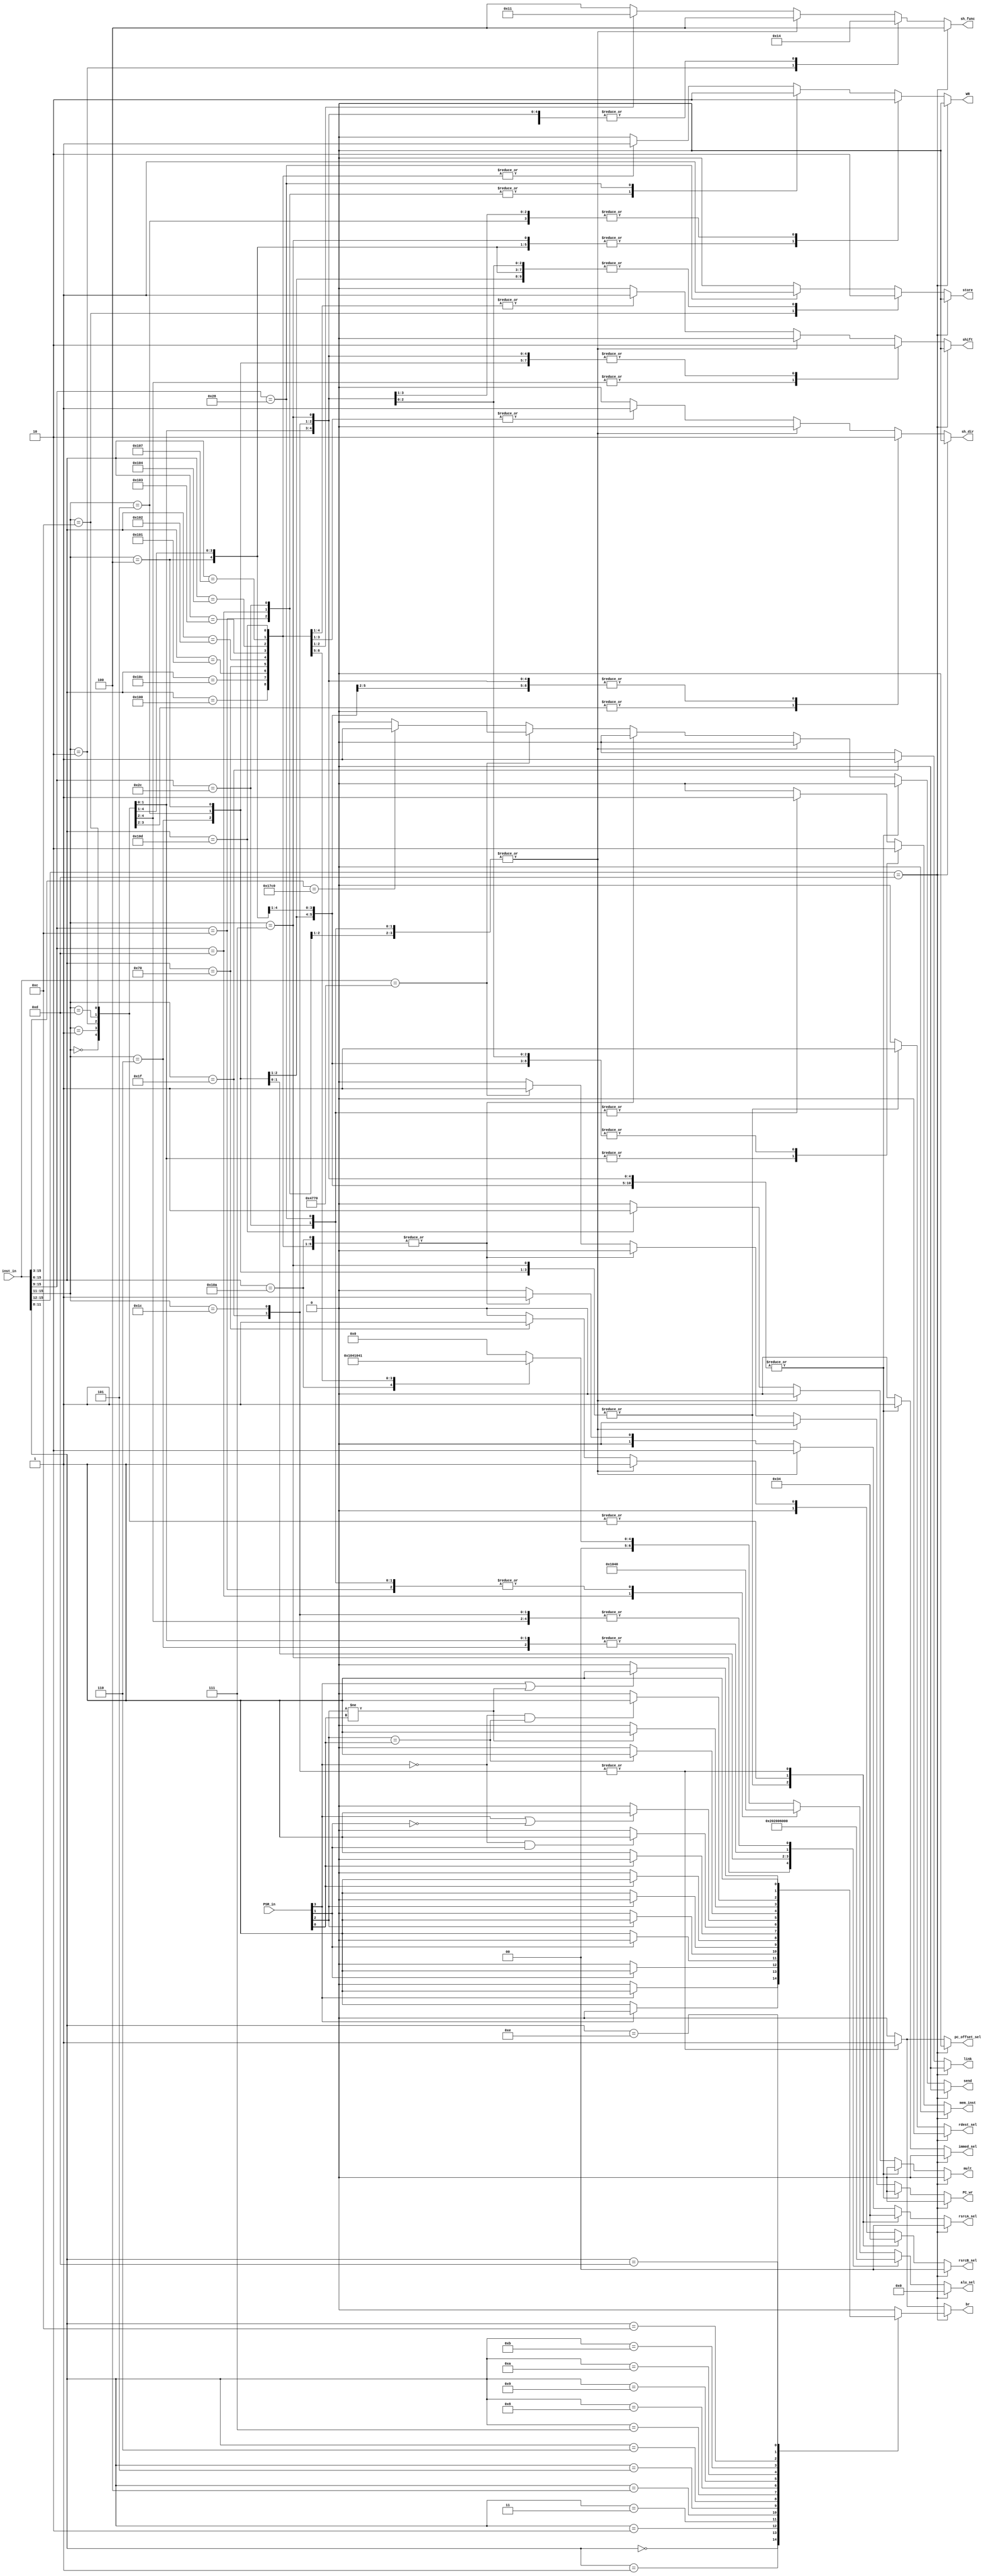
module inst_decoder (
  input      [15:0] inst_in,
  input      [3:0]  PSR_in,
  
  output reg [6:0]  alu_sel,
  output reg        br,
  output reg        immed_sel,
  output reg        link,
  output reg        mem_inst,
  output reg        pc_offset_sel,
  output reg        sh_dir,
  output reg [2:0]  sh_func,
  output reg        shift,
  output reg        store,
  output reg        rdest_sel,
  output reg [1:0]  rsrcA_sel,
  output reg [1:0]  rsrcB_sel,
  output reg        WR,
  output reg        mult,
  output reg        PC_wr,
  output reg        send      /* UART send signal */
);

  /*opcodes*/
  parameter ADD  = 7'b0001100; 
  parameter ADDI = 5'b00110;  
  parameter SUB  = 7'b0001101;
  parameter SUBI = 5'b00111;
  parameter CMP  = 10'b0100001010; 
  parameter CMPI = 5'b00101;  
  parameter AND  = 10'b0100000000;
  parameter ORR  = 10'b0100001100; 
  parameter EOR  = 10'b0100000001;
  parameter MOV  = 10'b0001110000; 
  parameter MOVI = 5'b00100;
  parameter LSL  = 10'b0100000010;
  parameter LSLI = 5'b00000;  
  parameter LSR  = 10'b0100000011; 
  parameter LSRI = 5'b00001;
  parameter ASR  = 10'b0100000100;
  parameter ASRI = 5'b00010;  
  parameter ROR  = 10'b0100000111;
  parameter LDR  = 7'b0101100; 
  parameter LDRI = 5'b01101;
  parameter STR  = 7'b0101000;
  parameter STRI = 5'b01100;  
  parameter B    = 4'b1101;      
  parameter BL   = 5'b11111;
  parameter BAL  = 5'b11100;
  parameter MUL  = 10'b0100001101;
  parameter SEND = 13'b1011_1110_0000_0;
  parameter RET  = 16'b0100011101110000;
  
  /*ALU operations*/
  `define ALU_ADD 7'b1000000
  `define ALU_SUB 7'b0100000
  `define ALU_CMP 7'b0010000
  `define ALU_AND 7'b0001000
  `define ALU_ORR 7'b0000100
  `define ALU_EOR 7'b0000010
  `define ALU_MOV 7'b0000001
  `define ALU_NOP 7'b0000000
 
  /*conditional codes*/
  `define EQ 4'b0000
  `define NE 4'b0001
  `define CS 4'b0010
  `define CC 4'b0011
  `define MI 4'b0100
  `define PL 4'b0101
  `define VS 4'b0110
  `define VC 4'b0111
  `define HI 4'b1000
  `define LS 4'b1001
  `define GE 4'b1010
  `define LT 4'b1011
  `define GT 4'b1100
  `define LE 4'b1101
  `define AL 4'b1110
  
  always@(*)
    begin
      case(inst_in[15:12])
        B :
          begin
            case(inst_in[11:8])
              `EQ :
                begin
                  if (PSR_in[3] == 1'b1)        // z_flag == 1'b1
                    begin 
                      alu_sel = `ALU_NOP;
                      immed_sel = 1'b0;
                      br = 1'b1;
                      link = 1'b0;
                      sh_func = 3'b100;
                      sh_dir = 1'b0;
                      shift = 1'b0;
                      mem_inst = 1'b0;
                      store = 1'b0;
                      rsrcA_sel = 2'b00;
                      rsrcB_sel = 2'b00;
                      rdest_sel = 1'b0;
                      WR = 1'b0;
                      pc_offset_sel = 1'b0;
                      mult = 1'b0;
                      PC_wr = 1'b0;
                      send = 1'b0;
                    end
                  else
                    begin 
                      alu_sel = `ALU_NOP;
                      immed_sel = 1'b0;
                      br = 1'b0;
                      link = 1'b0;
                      sh_func = 3'b100;
                      sh_dir = 1'b0;
                      shift = 1'b0;
                      mem_inst = 1'b0;
                      store = 1'b0;
                      rsrcA_sel = 2'b00;
                      rsrcB_sel = 2'b00;
                      rdest_sel = 1'b0;
                      WR = 1'b0;
                      pc_offset_sel = 1'b0;
                      mult = 1'b0;
                      PC_wr = 1'b0;
                      send = 1'b0;
                    end
                end
              `NE :
                begin
                  if (PSR_in[3] == 1'b0)        // z_flag == 1'b0
                    begin 
                      alu_sel = `ALU_NOP;
                      immed_sel = 1'b0;
                      br = 1'b1;
                      link = 1'b0;
                      sh_func = 3'b100;
                      sh_dir = 1'b0;
                      shift = 1'b0;
                      mem_inst = 1'b0;
                      store = 1'b0;
                      rsrcA_sel = 2'b00;
                      rsrcB_sel = 2'b00;
                      rdest_sel = 1'b0;
                      WR = 1'b0;
                      pc_offset_sel = 1'b0;
                      mult = 1'b0;
                      PC_wr = 1'b0;
                      send = 1'b0;
                    end
                  else 
                    begin
                      alu_sel = `ALU_NOP;
                      immed_sel = 1'b0;
                      br = 1'b0;
                      link = 1'b0;
                      sh_func = 3'b100;
                      sh_dir = 1'b0;
                      shift = 1'b0;
                      mem_inst = 1'b0;
                      store = 1'b0;
                      rsrcA_sel = 2'b00;
                      rsrcB_sel = 2'b00;
                      rdest_sel = 1'b0;
                      WR = 1'b0;
                      pc_offset_sel = 1'b0;
                      mult = 1'b0;
                      PC_wr = 1'b0;
                      send = 1'b0;
                    end
                end
              `CS :
                begin
                  if (PSR_in[1] == 1'b1)        // c_flag == 1'b1
                    begin 
                      alu_sel = `ALU_NOP;
                      immed_sel = 1'b0;
                      br = 1'b1;
                      link = 1'b0;
                      sh_func = 3'b100;
                      sh_dir = 1'b0;
                      shift = 1'b0;
                      mem_inst = 1'b0;
                      store = 1'b0;
                      rsrcA_sel = 2'b00;
                      rsrcB_sel = 2'b00;
                      rdest_sel = 1'b0;
                      WR = 1'b0;
                      pc_offset_sel = 1'b0;
                      mult = 1'b0;
                      PC_wr = 1'b0;
                      send = 1'b0;
                    end
                  else 
                    begin
                      alu_sel = `ALU_NOP;
                      immed_sel = 1'b0;
                      br = 1'b0;
                      link = 1'b0;
                      sh_func = 3'b100;
                      sh_dir = 1'b0;
                      shift = 1'b0;
                      mem_inst = 1'b0;
                      store = 1'b0;
                      rsrcA_sel = 2'b00;
                      rsrcB_sel = 2'b00;
                      rdest_sel = 1'b0;
                      WR = 1'b0;
                      pc_offset_sel = 1'b0;
                      mult = 1'b0;
                      PC_wr = 1'b0;
                      send = 1'b0;
                    end
                end
              `CC :
                begin
                  if (PSR_in[1] == 1'b0)        // c-flag == 1'b0
                    begin 
                      alu_sel = `ALU_NOP;
                      immed_sel = 1'b0;
                      br = 1'b1;
                      link = 1'b0;
                      sh_func = 3'b100;
                      sh_dir = 1'b0;
                      shift = 1'b0;
                      mem_inst = 1'b0;
                      store = 1'b0;
                      rsrcA_sel = 2'b00;
                      rsrcB_sel = 2'b00;
                      rdest_sel = 1'b0;
                      WR = 1'b0;
                      pc_offset_sel = 1'b0;
                      mult = 1'b0;
                      PC_wr = 1'b0;
                      send = 1'b0;
                    end
                  else 
                    begin
                      alu_sel = `ALU_NOP;
                      immed_sel = 1'b0;
                      br = 1'b0;
                      link = 1'b0;
                      sh_func = 3'b100;
                      sh_dir = 1'b0;
                      shift = 1'b0;
                      mem_inst = 1'b0;
                      store = 1'b0;
                      rsrcA_sel = 2'b00;
                      rsrcB_sel = 2'b00;
                      rdest_sel = 1'b0;
                      WR = 1'b0;
                      pc_offset_sel = 1'b0;
                      mult = 1'b0;
                      PC_wr = 1'b0;
                      send = 1'b0;
                    end
                end
              `MI :
                begin
                  if (PSR_in[2] == 1'b1)        // n-flag == 1'b1
                    begin 
                      alu_sel = `ALU_NOP;
                      immed_sel = 1'b0;
                      br = 1'b1;
                      link = 1'b0;
                      sh_func = 3'b100;
                      sh_dir = 1'b0;
                      shift = 1'b0;
                      mem_inst = 1'b0;
                      store = 1'b0;
                      rsrcA_sel = 2'b00;
                      rsrcB_sel = 2'b00;
                      rdest_sel = 1'b0;
                      WR = 1'b0;
                      pc_offset_sel = 1'b0;
                      mult = 1'b0;
                      PC_wr = 1'b0;
                      send = 1'b0;
                    end
                  else 
                    begin
                      alu_sel = `ALU_NOP;
                      immed_sel = 1'b0;
                      br = 1'b0;
                      link = 1'b0;
                      sh_func = 3'b100;
                      sh_dir = 1'b0;
                      shift = 1'b0;
                      mem_inst = 1'b0;
                      store = 1'b0;
                      rsrcA_sel = 2'b00;
                      rsrcB_sel = 2'b00;
                      rdest_sel = 1'b0;
                      WR = 1'b0;
                      pc_offset_sel = 1'b0;
                      mult = 1'b0;
                      PC_wr = 1'b0;
                      send = 1'b0;
                    end
                end
              `PL :
                begin
                  if (PSR_in[2] == 1'b0)        // n-flag == 1'b0
                    begin 
                      alu_sel = `ALU_NOP;
                      immed_sel = 1'b0;
                      br = 1'b1;
                      link = 1'b0;
                      sh_func = 3'b100;
                      sh_dir = 1'b0;
                      shift = 1'b0;
                      mem_inst = 1'b0;
                      store = 1'b0;
                      rsrcA_sel = 2'b00;
                      rsrcB_sel = 2'b00;
                      rdest_sel = 1'b0;
                      WR = 1'b0;
                      pc_offset_sel = 1'b0;
                      mult = 1'b0;
                      PC_wr = 1'b0;
                      send = 1'b0;
                    end
                  else 
                    begin
                      alu_sel = `ALU_NOP;
                      immed_sel = 1'b0;
                      br = 1'b0;
                      link = 1'b0;
                      sh_func = 3'b100;
                      sh_dir = 1'b0;
                      shift = 1'b0;
                      mem_inst = 1'b0;
                      store = 1'b0;
                      rsrcA_sel = 2'b00;
                      rsrcB_sel = 2'b00;
                      rdest_sel = 1'b0;
                      WR = 1'b0;
                      pc_offset_sel = 1'b0;
                      mult = 1'b0;
                      PC_wr = 1'b0;
                      send = 1'b0;
                    end
                end
              `VS:
                begin
                  if (PSR_in[0] == 1'b1)        // v-flag == 1'b1
                    begin 
                      alu_sel = `ALU_NOP;
                      immed_sel = 1'b0;
                      br = 1'b1;
                      link = 1'b0;
                      sh_func = 3'b100;
                      sh_dir = 1'b0;
                      shift = 1'b0;
                      mem_inst = 1'b0;
                      store = 1'b0;
                      rsrcA_sel = 2'b00;
                      rsrcB_sel = 2'b00;
                      rdest_sel = 1'b0;
                      WR = 1'b0;
                      pc_offset_sel = 1'b0;
                      mult = 1'b0;
                      PC_wr = 1'b0;
                      send = 1'b0;
                    end
                  else 
                    begin
                      alu_sel = `ALU_NOP;
                      immed_sel = 1'b0;
                      br = 1'b0;
                      link = 1'b0;
                      sh_func = 3'b100;
                      sh_dir = 1'b0;
                      shift = 1'b0;
                      mem_inst = 1'b0;
                      store = 1'b0;
                      rsrcA_sel = 2'b00;
                      rsrcB_sel = 2'b00;
                      rdest_sel = 1'b0;
                      WR = 1'b0;
                      pc_offset_sel = 1'b0;
                      mult = 1'b0;
                      PC_wr = 1'b0;
                      send = 1'b0;
                    end
                end
              `VC:
                begin
                  if (PSR_in[0] == 1'b0)        // v-flag == 1'b0
                    begin 
                      alu_sel = `ALU_NOP;
                      immed_sel = 1'b0;
                      br = 1'b1;
                      link = 1'b0;
                      sh_func = 3'b100;
                      sh_dir = 1'b0;
                      shift = 1'b0;
                      mem_inst = 1'b0;
                      store = 1'b0;
                      rsrcA_sel = 2'b00;
                      rsrcB_sel = 2'b00;
                      rdest_sel = 1'b0;
                      WR = 1'b0;
                      pc_offset_sel = 1'b0;
                      mult = 1'b0;
                      PC_wr = 1'b0;
                      send = 1'b0;
                    end
                  else 
                    begin
                      alu_sel = `ALU_NOP;
                      immed_sel = 1'b0;
                      br = 1'b0;
                      link = 1'b0;
                      sh_func = 3'b100;
                      sh_dir = 1'b0;
                      shift = 1'b0;
                      mem_inst = 1'b0;
                      store = 1'b0;
                      rsrcA_sel = 2'b00;
                      rsrcB_sel = 2'b00;
                      rdest_sel = 1'b0;
                      WR = 1'b0;
                      pc_offset_sel = 1'b0;
                      mult = 1'b0;
                      PC_wr = 1'b0;
                      send = 1'b0;
                    end
                end
              `HI:
                begin
                  if (PSR_in[3] == 1'b0 && PSR_in[1] == 1'b1)       // z_flag == 1'b0 && c_flag == 1'b1
                    begin 
                      alu_sel = `ALU_NOP;
                      immed_sel = 1'b0;
                      br = 1'b1;
                      link = 1'b0;
                      sh_func = 3'b100;
                      sh_dir = 1'b0;
                      shift = 1'b0;
                      mem_inst = 1'b0;
                      store = 1'b0;
                      rsrcA_sel = 2'b00;
                      rsrcB_sel = 2'b00;
                      rdest_sel = 1'b0;
                      WR = 1'b0;
                      pc_offset_sel = 1'b0;
                      mult = 1'b0;
                      PC_wr = 1'b0;
                      send = 1'b0;
                    end
                  else 
                    begin
                      alu_sel = `ALU_NOP;
                      immed_sel = 1'b0;
                      br = 1'b0;
                      link = 1'b0;
                      sh_func = 3'b100;
                      sh_dir = 1'b0;
                      shift = 1'b0;
                      mem_inst = 1'b0;
                      store = 1'b0;
                      rsrcA_sel = 2'b00;
                      rsrcB_sel = 2'b00;
                      rdest_sel = 1'b0;
                      WR = 1'b0;
                      pc_offset_sel = 1'b0;
                      mult = 1'b0;
                      PC_wr = 1'b0;
                      send = 1'b0;
                    end
                end
              `LS:
                begin
                  if (PSR_in[3] == 1'b1 || PSR_in[1] == 1'b0)       // z_flag == 1'b1 || c_flag == 1'b0
                    begin 
                      alu_sel = `ALU_NOP;
                      immed_sel = 1'b0;
                      br = 1'b1;
                      link = 1'b0;
                      sh_func = 3'b100;
                      sh_dir = 1'b0;
                      shift = 1'b0;
                      mem_inst = 1'b0;
                      store = 1'b0;
                      rsrcA_sel = 2'b00;
                      rsrcB_sel = 2'b00;
                      rdest_sel = 1'b0;
                      WR = 1'b0;
                      pc_offset_sel = 1'b0;
                      mult = 1'b0;
                      PC_wr = 1'b0;
                      send = 1'b0;
                    end
                  else 
                    begin
                      alu_sel = `ALU_NOP;
                      immed_sel = 1'b0;
                      br = 1'b0;
                      link = 1'b0;
                      sh_func = 3'b100;
                      sh_dir = 1'b0;
                      shift = 1'b0;
                      mem_inst = 1'b0;
                      store = 1'b0;
                      rsrcA_sel = 2'b00;
                      rsrcB_sel = 2'b00;
                      rdest_sel = 1'b0;
                      WR = 1'b0;
                      pc_offset_sel = 1'b0;
                      mult = 1'b0;
                      PC_wr = 1'b0;
                      send = 1'b0;
                    end
                end
              `GE:
                begin
                  if (PSR_in[2] == PSR_in[0])       // n_flag == v_flag
                    begin 
                      alu_sel = `ALU_NOP;
                      immed_sel = 1'b0;
                      br = 1'b1;
                      link = 1'b0;
                      sh_func = 3'b100;
                      sh_dir = 1'b0;
                      shift = 1'b0;
                      mem_inst = 1'b0;
                      store = 1'b0;
                      rsrcA_sel = 2'b00;
                      rsrcB_sel = 2'b00;
                      rdest_sel = 1'b0;
                      WR = 1'b0;
                      pc_offset_sel = 1'b0;
                      mult = 1'b0;
                      PC_wr = 1'b0;
                      send = 1'b0;
                    end
                  else 
                    begin
                      alu_sel = `ALU_NOP;
                      immed_sel = 1'b0;
                      br = 1'b0;
                      link = 1'b0;
                      sh_func = 3'b100;
                      sh_dir = 1'b0;
                      shift = 1'b0;
                      mem_inst = 1'b0;
                      store = 1'b0;
                      rsrcA_sel = 2'b00;
                      rsrcB_sel = 2'b00;
                      rdest_sel = 1'b0;
                      WR = 1'b0;
                      pc_offset_sel = 1'b0;
                      mult = 1'b0;
                      PC_wr = 1'b0;
                      send = 1'b0;
                    end
                end
              `LT:
                begin
                  if (PSR_in[2] != PSR_in[0])       // n_flag != v_flag
                    begin 
                      alu_sel = `ALU_NOP;
                      immed_sel = 1'b0;
                      br = 1'b1;
                      link = 1'b0;
                      sh_func = 3'b100;
                      sh_dir = 1'b0;
                      shift = 1'b0;
                      mem_inst = 1'b0;
                      store = 1'b0;
                      rsrcA_sel = 2'b00;
                      rsrcB_sel = 2'b00;
                      rdest_sel = 1'b0;
                      WR = 1'b0;
                      pc_offset_sel = 1'b0;
                      mult = 1'b0;
                      PC_wr = 1'b0;
                      send = 1'b0;
                    end
                  else 
                    begin
                      alu_sel = `ALU_NOP;
                      immed_sel = 1'b0;
                      br = 1'b0;
                      link = 1'b0;
                      sh_func = 3'b100;
                      sh_dir = 1'b0;
                      shift = 1'b0;
                      mem_inst = 1'b0;
                      store = 1'b0;
                      rsrcA_sel = 2'b00;
                      rsrcB_sel = 2'b00;
                      rdest_sel = 1'b0;
                      WR = 1'b0;
                      pc_offset_sel = 1'b0;
                      mult = 1'b0;
                      PC_wr = 1'b0;
                      send = 1'b0;
                    end
                end
              `GT:
                begin
                  if (PSR_in[3] == 1'b0 && PSR_in[2] == PSR_in[0])     // z_flag == 1'b0 && n_flag == v_flag
                    begin 
                      alu_sel = `ALU_NOP;
                      immed_sel = 1'b0;
                      br = 1'b1;
                      link = 1'b0;
                      sh_func = 3'b100;
                      sh_dir = 1'b0;
                      shift = 1'b0;
                      mem_inst = 1'b0;
                      store = 1'b0;
                      rsrcA_sel = 2'b00;
                      rsrcB_sel = 2'b00;
                      rdest_sel = 1'b0;
                      WR = 1'b0;
                      pc_offset_sel = 1'b0;
                      mult = 1'b0;
                      PC_wr = 1'b0;
                      send = 1'b0;
                    end
                  else 
                    begin
                      alu_sel = `ALU_NOP;
                      immed_sel = 1'b0;
                      br = 1'b0;
                      link = 1'b0;
                      sh_func = 3'b100;
                      sh_dir = 1'b0;
                      shift = 1'b0;
                      mem_inst = 1'b0;
                      store = 1'b0;
                      rsrcA_sel = 2'b00;
                      rsrcB_sel = 2'b00;
                      rdest_sel = 1'b0;
                      WR = 1'b0;
                      pc_offset_sel = 1'b0;
                      mult = 1'b0;
                      PC_wr = 1'b0;
                      send = 1'b0;
                    end
                end
              `LE:
                begin
                  if (PSR_in[3] == 1'b1 || PSR_in[2] != PSR_in[0])     // z_flag == 1'b1 || n_flag != v_flag
                    begin 
                      alu_sel = `ALU_NOP;
                      immed_sel = 1'b0;
                      br = 1'b1;
                      link = 1'b0;
                      sh_func = 3'b100;
                      sh_dir = 1'b0;
                      shift = 1'b0;
                      mem_inst = 1'b0;
                      store = 1'b0;
                      rsrcA_sel = 2'b00;
                      rsrcB_sel = 2'b00;
                      rdest_sel = 1'b0;
                      WR = 1'b0;
                      pc_offset_sel = 1'b0;
                      mult = 1'b0;
                      PC_wr = 1'b0;
                      send = 1'b0;
                    end
                  else 
                    begin
                      alu_sel = `ALU_NOP;
                      immed_sel = 1'b0;
                      br = 1'b0;
                      link = 1'b0;
                      sh_func = 3'b100;
                      sh_dir = 1'b0;
                      shift = 1'b0;
                      mem_inst = 1'b0;
                      store = 1'b0;
                      rsrcA_sel = 2'b00;
                      rsrcB_sel = 2'b00;
                      rdest_sel = 1'b0;
                      WR = 1'b0;
                      pc_offset_sel = 1'b0;
                      mult = 1'b0;
                      PC_wr = 1'b0;
                      send = 1'b0;
                    end
                end
              `AL:
                begin
                  alu_sel = `ALU_NOP;
                  immed_sel = 1'b0;
                  br = 1'b1;
                  link = 1'b0;
                  sh_func = 3'b100;
                  sh_dir = 1'b0;
                  shift = 1'b0;
                  mem_inst = 1'b0;
                  store = 1'b0;
                  rsrcA_sel = 2'b00;
                  rsrcB_sel = 2'b00;
                  rdest_sel = 1'b0;
                  WR = 1'b0;
                  pc_offset_sel = 1'b0;
                  mult = 1'b0;
                  PC_wr = 1'b0;
                  send = 1'b0;
                end
              default:
                begin
                  alu_sel = `ALU_NOP;
                  immed_sel = 1'b0;
                  br = 1'b0;
                  link = 1'b0;
                  sh_func = 3'b100;
                  sh_dir = 1'b0;
                  shift = 1'b0;
                  mem_inst = 1'b0;
                  store = 1'b0;
                  rsrcA_sel = 2'b00;
                  rsrcB_sel = 2'b00;
                  rdest_sel = 1'b0;
                  WR = 1'b0;
                  pc_offset_sel = 1'b0;
                  mult = 1'b0;
                  PC_wr = 1'b0;
                  send = 1'b0;
                end
            endcase
          end
        default:
          begin
            case(inst_in[15:11])
              ADDI :
                begin
                  alu_sel = `ALU_ADD;
                  immed_sel = 1'b1;     // Immed8
                  br = 1'b0;
                  link = 1'b0;
                  sh_func = 3'b100;
                  sh_dir = 1'b0;
                  shift = 1'b0;
                  mem_inst = 1'b0;
                  store = 1'b0;
                  rsrcA_sel = 2'b11;
                  rsrcB_sel = 2'b11;
                  rdest_sel = 1'b1;
                  WR = 1'b1;
                  pc_offset_sel = 1'b0;
                  mult = 1'b0;
                  PC_wr = 1'b0;
                  send = 1'b0;
                end
              SUBI :
                begin
                  alu_sel = `ALU_SUB;
                  immed_sel = 1'b1;
                  br = 1'b0;
                  link = 1'b0;
                  sh_func = 3'b100;
                  sh_dir = 1'b0;
                  shift = 1'b0;
                  mem_inst = 1'b0;
                  store = 1'b0;
                  rsrcA_sel = 2'b11;
                  rsrcB_sel = 2'b11;
                  rdest_sel = 1'b1;
                  WR = 1'b1;
                  pc_offset_sel = 1'b0;
                  mult = 1'b0;
                  PC_wr = 1'b0;
                  send = 1'b0;
                end
              CMPI :
                begin
                  alu_sel = `ALU_CMP;
                  immed_sel = 1'b1;
                  br = 1'b0;
                  link = 1'b0;
                  sh_func = 3'b100;
                  sh_dir = 1'b0;
                  shift = 1'b0;
                  mem_inst = 1'b0;
                  store = 1'b0;
                  rsrcA_sel = 2'b11;
                  rsrcB_sel = 2'b11;
                  rdest_sel = 1'b1;
                  WR = 1'b0;
                  pc_offset_sel = 1'b0;
                  mult = 1'b0;
                  PC_wr = 1'b0;
                  send = 1'b0;
                end
              MOVI :
                begin
                  alu_sel = `ALU_MOV;
                  immed_sel = 1'b1;
                  br = 1'b0;
                  link = 1'b0;
                  sh_func = 3'b100;
                  sh_dir = 1'b0;
                  shift = 1'b0;
                  mem_inst = 1'b0;
                  store = 1'b0;
                  rsrcA_sel = 2'b11;
                  rsrcB_sel = 2'b11;
                  rdest_sel = 1'b1;
                  WR = 1'b1;
                  pc_offset_sel = 1'b0;
                  mult = 1'b0;
                  PC_wr = 1'b0;
                  send = 1'b0;
                end
              LSLI :
                begin
                  alu_sel = `ALU_NOP;
                  immed_sel = 1'b1;
                  br = 1'b0;
                  link = 1'b0;
                  sh_func = 3'b100;
                  sh_dir = 1'b0;
                  shift = 1'b1;
                  mem_inst = 1'b0;
                  store = 1'b0;
                  rsrcA_sel = 2'b01;
                  rsrcB_sel = 2'b01;
                  rdest_sel = 1'b0;
                  WR = 1'b1;
                  pc_offset_sel = 1'b0;
                  mult = 1'b0;
                  PC_wr = 1'b0;
                  send = 1'b0;
                end
              LSRI :
                begin
                  alu_sel = `ALU_NOP;
                  immed_sel = 1'b1;
                  br = 1'b0;
                  link = 1'b0;
                  sh_func = 3'b100;
                  sh_dir = 1'b1;
                  shift = 1'b1;
                  mem_inst = 1'b0;
                  store = 1'b0;
                  rsrcA_sel = 2'b01;
                  rsrcB_sel = 2'b01;
                  rdest_sel = 1'b0;
                  WR = 1'b1;
                  pc_offset_sel = 1'b0;
                  mult = 1'b0;
                  PC_wr = 1'b0;
                  send = 1'b0;
                end
              ASRI :
                begin
                  alu_sel = `ALU_NOP;
                  immed_sel = 1'b1;
                  br = 1'b0;
                  link = 1'b0;
                  sh_func = 3'b010;
                  sh_dir = 1'b1;
                  shift = 1'b1;
                  mem_inst = 1'b0;
                  store = 1'b0;
                  rsrcA_sel = 2'b01;
                  rsrcB_sel = 2'b01;
                  rdest_sel = 1'b0;
                  WR = 1'b1;
                  pc_offset_sel = 1'b0;
                  mult = 1'b0;
                  PC_wr = 1'b0;
                  send = 1'b0;
                end
              LDRI :
                begin
                  alu_sel = `ALU_ADD;
                  immed_sel = 1'b1;
                  br = 1'b0;
                  link = 1'b0;
                  sh_func = 3'b100;
                  sh_dir = 1'b0;
                  shift = 1'b0;
                  mem_inst = 1'b1;
                  store = 1'b0;
                  rsrcA_sel = 2'b01;
                  rsrcB_sel = 2'b01;
                  rdest_sel = 1'b0;
                  WR = 1'b1;
                  pc_offset_sel = 1'b0;
                  mult = 1'b0;
                  PC_wr = 1'b0;
                  send = 1'b0;
                end
              STRI :
                begin
                  alu_sel = `ALU_ADD;
                  immed_sel = 1'b1;
                  br = 1'b0;
                  link = 1'b0;
                  sh_func = 3'b100;
                  sh_dir = 1'b0;
                  shift = 1'b0;
                  mem_inst = 1'b1;
                  store = 1'b1;
                  rsrcA_sel = 2'b01;
                  rsrcB_sel = 2'b01;
                  rdest_sel = 1'b0;
                  WR = 1'b0;
                  pc_offset_sel = 1'b0;
                  mult = 1'b0;
                  PC_wr = 1'b0;
                  send = 1'b0;
                end
              BL :
                begin
                  alu_sel = `ALU_NOP;
                  immed_sel = 1'b1;
                  br = 1'b1;
                  link = 1'b1;
                  sh_func = 3'b100;
                  sh_dir = 1'b0;
                  shift = 1'b0;
                  mem_inst = 1'b0;
                  store = 1'b0;
                  rsrcA_sel = 2'b00;
                  rsrcB_sel = 2'b00;
                  rdest_sel = 1'b0;
                  WR = 1'b0;
                  pc_offset_sel = 1'b1;
                  mult = 1'b0;
                  PC_wr = 1'b0;
                  send = 1'b0;
                end
              BAL :
                begin
                  alu_sel = `ALU_NOP;
                  immed_sel = 1'b1;
                  br = 1'b1;
                  link = 1'b0;
                  sh_func = 3'b100;
                  sh_dir = 1'b0;
                  shift = 1'b0;
                  mem_inst = 1'b0;
                  store = 1'b0;
                  rsrcA_sel = 2'b00;
                  rsrcB_sel = 2'b00;
                  rdest_sel = 1'b0;
                  WR = 1'b0;
                  pc_offset_sel = 1'b1;
                  mult = 1'b0;
                  PC_wr = 1'b0;
                  send = 1'b0;
                end
              default :
                begin
                  case(inst_in[15:9])
                    ADD :
                      begin
                        alu_sel = `ALU_ADD;
                        immed_sel = 1'b0;
                        br = 1'b0;
                        link = 1'b0;
                        sh_func = 3'b100;
                        sh_dir = 1'b0;
                        shift = 1'b0;
                        mem_inst = 1'b0;
                        store = 1'b0;
                        rsrcA_sel = 2'b10;
                        rsrcB_sel = 2'b01;
                        rdest_sel = 1'b0;
                        WR = 1'b1;
                        pc_offset_sel = 1'b0;
                        mult = 1'b0;
                        PC_wr = 1'b0;
                        send = 1'b0;
                      end
                    SUB :
                      begin
                        alu_sel = `ALU_SUB;
                        immed_sel = 1'b0;
                        br = 1'b0;
                        link = 1'b0;
                        sh_func = 3'b100;
                        sh_dir = 1'b0;
                        shift = 1'b0;
                        mem_inst = 1'b0;
                        store = 1'b0;
                        rsrcA_sel = 2'b10;
                        rsrcB_sel = 2'b01;
                        rdest_sel = 1'b0;
                        WR = 1'b1;
                        pc_offset_sel = 1'b0;
                        mult = 1'b0;
                        PC_wr = 1'b0;
                        send = 1'b0;
                      end
                    LDR :
                      begin
                        alu_sel = `ALU_ADD;
                        immed_sel = 1'b0;
                        br = 1'b0;
                        link = 1'b0;
                        sh_func = 3'b100;
                        sh_dir = 1'b0;
                        shift = 1'b0;
                        mem_inst = 1'b1;
                        store = 1'b0;
                        rsrcA_sel = 2'b10;
                        rsrcB_sel = 2'b01;
                        rdest_sel = 1'b0;
                        WR = 1'b1;
                        pc_offset_sel = 1'b0;
                        mult = 1'b0;
                        PC_wr = 1'b0;
                        send = 1'b0;
                      end
                    STR :
                      begin
                        alu_sel = `ALU_ADD;
                        immed_sel = 1'b0;
                        br = 1'b0;
                        link = 1'b0;
                        sh_func = 3'b100;
                        sh_dir = 1'b0;
                        shift = 1'b0;
                        mem_inst = 1'b1;
                        store = 1'b1;
                        rsrcA_sel = 2'b10;
                        rsrcB_sel = 2'b01;
                        rdest_sel = 1'b0;
                        WR = 1'b0;
                        pc_offset_sel = 1'b0;
                        mult = 1'b0;
                        PC_wr = 1'b0;
                        send = 1'b0;
                      end
                    default :            
                      begin
                        case(inst_in[15:6])
                          CMP :
                            begin
                              alu_sel = `ALU_CMP;
                              immed_sel = 1'b0;
                              br = 1'b0;
                              link = 1'b0;
                              sh_func = 3'b100;
                              sh_dir = 1'b0;
                              shift = 1'b0;
                              mem_inst = 1'b0;
                              store = 1'b0;
                              rsrcA_sel = 2'b01;
                              rsrcB_sel = 2'b00;
                              rdest_sel = 1'b0;
                              WR = 1'b0;
                              pc_offset_sel = 1'b0;
                              mult = 1'b0;
                              PC_wr = 1'b0;
                              send = 1'b0;
                            end
                          AND :
                            begin
                              alu_sel = `ALU_AND;
                              immed_sel = 1'b0;
                              br = 1'b0;
                              link = 1'b0;
                              sh_func = 3'b100;
                              sh_dir = 1'b0;
                              shift = 1'b0;
                              mem_inst = 1'b0;
                              store = 1'b0;
                              rsrcA_sel = 2'b01;
                              rsrcB_sel = 2'b00;
                              rdest_sel = 1'b0;
                              WR = 1'b1;
                              pc_offset_sel = 1'b0;
                              mult = 1'b0;
                              PC_wr = 1'b0;
                              send = 1'b0;
                            end
                          ORR :
                            begin
                              alu_sel = `ALU_ORR;
                              immed_sel = 1'b0;
                              br = 1'b0;
                              link = 1'b0;
                              sh_func = 3'b100;
                              sh_dir = 1'b0;
                              shift = 1'b0;
                              mem_inst = 1'b0;
                              store = 1'b0;
                              rsrcA_sel = 2'b01;
                              rsrcB_sel = 2'b00;
                              rdest_sel = 1'b0;
                              WR = 1'b1;
                              pc_offset_sel = 1'b0;
                              mult = 1'b0;
                              PC_wr = 1'b0;
                              send = 1'b0;
                            end
                          EOR :
                            begin
                              alu_sel = `ALU_EOR;
                              immed_sel = 1'b0;
                              br = 1'b0;
                              link = 1'b0;
                              sh_func = 3'b100;
                              sh_dir = 1'b0;
                              shift = 1'b0;
                              mem_inst = 1'b0;
                              store = 1'b0;
                              rsrcA_sel = 2'b01;
                              rsrcB_sel = 2'b00;
                              rdest_sel = 1'b0;
                              WR = 1'b1;
                              pc_offset_sel = 1'b0;
                              mult = 1'b0;
                              PC_wr = 1'b0;
                              send = 1'b0;
                            end
                          MOV :
                            begin
                              alu_sel = `ALU_MOV;
                              immed_sel = 1'b0;
                              br = 1'b0;
                              link = 1'b0;
                              sh_func = 3'b100;
                              sh_dir = 1'b0;
                              shift = 1'b0;
                              mem_inst = 1'b0;
                              store = 1'b0;
                              rsrcA_sel = 2'b01;
                              rsrcB_sel = 2'b01;
                              rdest_sel = 1'b0;
                              WR = 1'b1;
                              pc_offset_sel = 1'b0;
                              mult = 1'b0;
                              PC_wr = 1'b0;
                              send = 1'b0;
                            end
                          LSL :
                            begin
                              alu_sel = `ALU_NOP;
                              immed_sel = 1'b0;
                              br = 1'b0;
                              link = 1'b0;
                              sh_func = 3'b100;
                              sh_dir = 1'b0;
                              shift = 1'b1;
                              mem_inst = 1'b0;
                              store = 1'b0;
                              rsrcA_sel = 2'b01;
                              rsrcB_sel = 2'b00;
                              rdest_sel = 1'b0;
                              WR = 1'b1;
                              pc_offset_sel = 1'b0;
                              mult = 1'b0;
                              PC_wr = 1'b0;
                              send = 1'b0;
                            end
                          LSR :
                            begin
                              alu_sel = `ALU_NOP;
                              immed_sel = 1'b0;
                              br = 1'b0;
                              link = 1'b0;
                              sh_func = 3'b100;
                              sh_dir = 1'b1;
                              shift = 1'b1;
                              mem_inst = 1'b0;
                              store = 1'b0;
                              rsrcA_sel = 2'b01;
                              rsrcB_sel = 2'b00;
                              rdest_sel = 1'b0;
                              WR = 1'b1;
                              pc_offset_sel = 1'b0;
                              mult = 1'b0;
                              PC_wr = 1'b0;
                              send = 1'b0;
                            end
                          ASR :
                            begin
                              alu_sel = `ALU_NOP;
                              immed_sel = 1'b0;
                              br = 1'b0;
                              link = 1'b0;
                              sh_func = 3'b010;
                              sh_dir = 1'b1;
                              shift = 1'b1;
                              mem_inst = 1'b0;
                              store = 1'b0;
                              rsrcA_sel = 2'b01;
                              rsrcB_sel = 2'b00;
                              rdest_sel = 1'b0;
                              WR = 1'b1;
                              pc_offset_sel = 1'b0;
                              mult = 1'b0;
                              PC_wr = 1'b0;
                              send = 1'b0;
                            end
                          ROR :
                            begin
                              alu_sel = `ALU_NOP;
                              immed_sel = 1'b0;
                              br = 1'b0;
                              link = 1'b0;
                              sh_func = 3'b001;
                              sh_dir = 1'b1;
                              shift = 1'b1;
                              mem_inst = 1'b0;
                              store = 1'b0;
                              rsrcA_sel = 2'b01;
                              rsrcB_sel = 2'b00;
                              rdest_sel = 1'b0;
                              WR = 1'b1;
                              pc_offset_sel = 1'b0;
                              mult = 1'b0;
                              PC_wr = 1'b0;
                              send = 1'b0;
                            end
                          MUL:
                            begin
                              alu_sel = `ALU_NOP;
                              immed_sel = 1'b0;
                              br = 1'b0;
                              link = 1'b0;
                              sh_func = 3'b100;
                              sh_dir = 1'b0;
                              shift = 1'b0;
                              mem_inst = 1'b0;
                              store = 1'b0;
                              rsrcA_sel = 2'b01;
                              rsrcB_sel = 2'b00;
                              rdest_sel = 1'b0;
                              WR = 1'b1;
                              pc_offset_sel = 1'b0;
                              mult = 1'b1;
                              PC_wr = 1'b0;
                              send = 1'b0;
                            end
                          default :
                            if (inst_in == RET)
                              begin
                                alu_sel = `ALU_NOP;
                                immed_sel = 1'b0;
                                br = 1'b0;
                                link = 1'b0;
                                sh_func = 3'b100;
                                sh_dir = 1'b0;
                                shift = 1'b0;
                                mem_inst = 1'b0;
                                store = 1'b0;
                                rsrcA_sel = 2'b00;
                                rsrcB_sel = 2'b00;
                                rdest_sel = 1'b0;
                                WR = 1'b0;
                                pc_offset_sel = 1'b0;
                                mult = 1'b0;
                                PC_wr = 1'b1;
                                send = 1'b0;  /**/
                              end
                            else if (inst_in[15:3] == SEND)
                              begin
                                alu_sel = `ALU_NOP;
                                immed_sel = 1'b0;
                                br = 1'b0;
                                link = 1'b0;
                                sh_func = 3'b100;
                                sh_dir = 1'b0;
                                shift = 1'b0;
                                mem_inst = 1'b0;
                                store = 1'b0;
                                rsrcA_sel = 2'b00;
                                rsrcB_sel = 2'b00;
                                rdest_sel = 1'b0;      /**/
                                WR = 1'b0;
                                pc_offset_sel = 1'b0;
                                mult = 1'b0;
                                PC_wr = 1'b0;
                                send = 1'b1;           /**/
                              end
                            else
                              begin
                                alu_sel = `ALU_NOP;
                                immed_sel = 1'b0;
                                br = 1'b0;
                                link = 1'b0;
                                sh_func = 3'b100;
                                sh_dir = 1'b0;
                                shift = 1'b0;
                                mem_inst = 1'b0;
                                store = 1'b0;
                                rsrcA_sel = 2'b00;
                                rsrcB_sel = 2'b00;
                                rdest_sel = 1'b0;
                                WR = 1'b0;
                                pc_offset_sel = 1'b0;
                                mult = 1'b0;
                                PC_wr = 1'b0;
                                send = 1'b0;
                              end
                          endcase
                      end
                  endcase
                end
            endcase
          end
      endcase
    end

endmodule